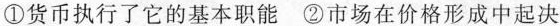
①货币执行了它的基本职能 ②市场在价格形成中起决